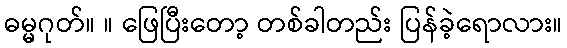
ဓမ္မဂုတ်။ ။ ဖြေပြီးတော့ တစ်ခါတည်း ပြန်ခဲ့ရောလား။